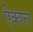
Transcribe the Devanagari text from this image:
ऐकाल